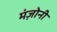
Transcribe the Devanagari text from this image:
मंज़ोनी